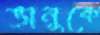
ভানুকে